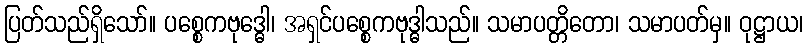
ပြတ်သည်ရှိသော်။ ပစ္စေကဗုဒ္ဓေါ၊ အရှင်ပစ္စေကဗုဒ္ဓါသည်။ သမာပတ္တိတော၊ သမာပတ်မှ။ ဝုဋ္ဌာယ၊